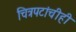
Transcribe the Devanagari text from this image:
चित्रपटांचीही